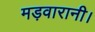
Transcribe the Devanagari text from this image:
मड़वारानी।